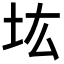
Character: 𡉞